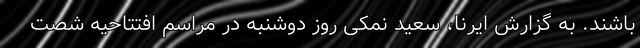
باشند. به گزارش ایرنا، سعید نمکی روز دوشنبه در مراسم افتتاحیه شصت